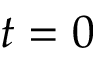
t = 0